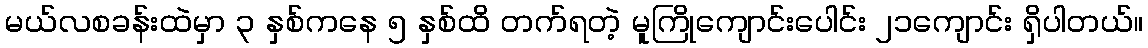
မယ်လစခန်းထဲမှာ ၃ နှစ်ကနေ ၅ နှစ်ထိ တက်ရတဲ့ မူကြိုကျောင်းပေါင်း ၂၁ကျောင်း ရှိပါတယ်။